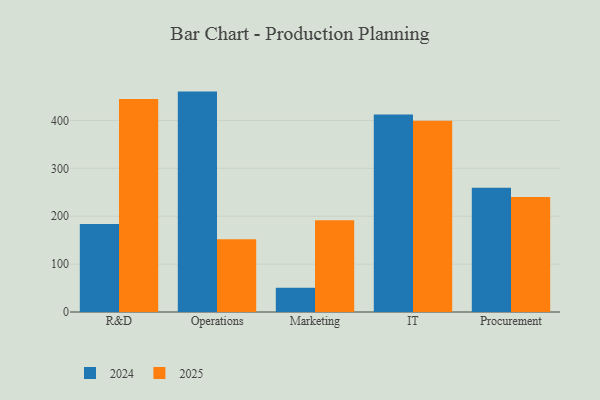
{"axis": {"x": "Department", "y": "Temperature (°C)"}, "legend": ["2024", "2025"], "data": [{"x": "R&D", "y": 444.7, "type": "2025"}, {"x": "R&D", "y": 183.7, "type": "2024"}, {"x": "Operations", "y": 151.9, "type": "2025"}, {"x": "Operations", "y": 460.3, "type": "2024"}, {"x": "Marketing", "y": 191.8, "type": "2025"}, {"x": "Marketing", "y": 50.9, "type": "2024"}, {"x": "IT", "y": 399.4, "type": "2025"}, {"x": "IT", "y": 412.5, "type": "2024"}, {"x": "Procurement", "y": 240.2, "type": "2025"}, {"x": "Procurement", "y": 259.7, "type": "2024"}]}